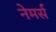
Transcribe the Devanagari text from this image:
नेमर्स